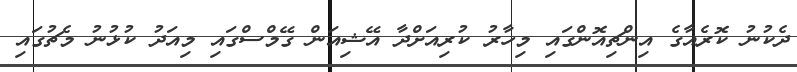
ދެކުނު ކޮރެއާގެ އިންޗިއޮންގައި މިހާރު ކުރިއަށްދާ އޭޝިއަން ގޭމްސްގައި މިއަދު ކުޅުނު މެޗުގައި